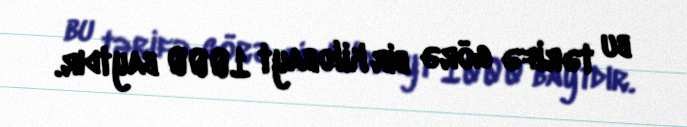
bu tərifə görə bir kilobayt 1000 baytdır.